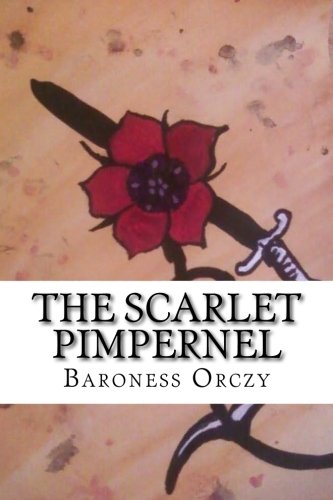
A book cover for The Scarlet Pimpernel; Baroness Orczy; Literature & Fiction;